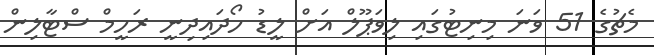
މެޗުގެ 51 ވަނަ މިނިޓުގައި ލިވަޕޫލް އަށް ލީޑު ހޯދައިދިނީ ރަހީމް ސްޓާލިން